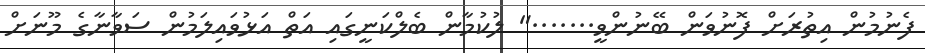
ފެނުމުން އިތުރަށް ފޮނުވަން ބޭނުންވީ......." ލުކުމާން ބެލްކަނީގައި އަތް އަޅުވައިލަމުން ސަވާނާގެ މޫނަށް